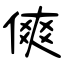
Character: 傸